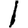
Digit: 1